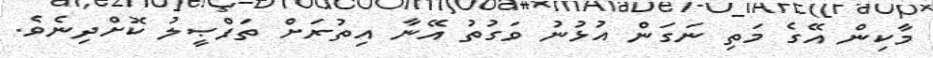
މާކިން އޭގެ މަތި ނަގަން އުޅުނު ވަގުތު އޭނާ އިތުރަށް ތަފްޞީލު ކޮށްދިނެވެ.